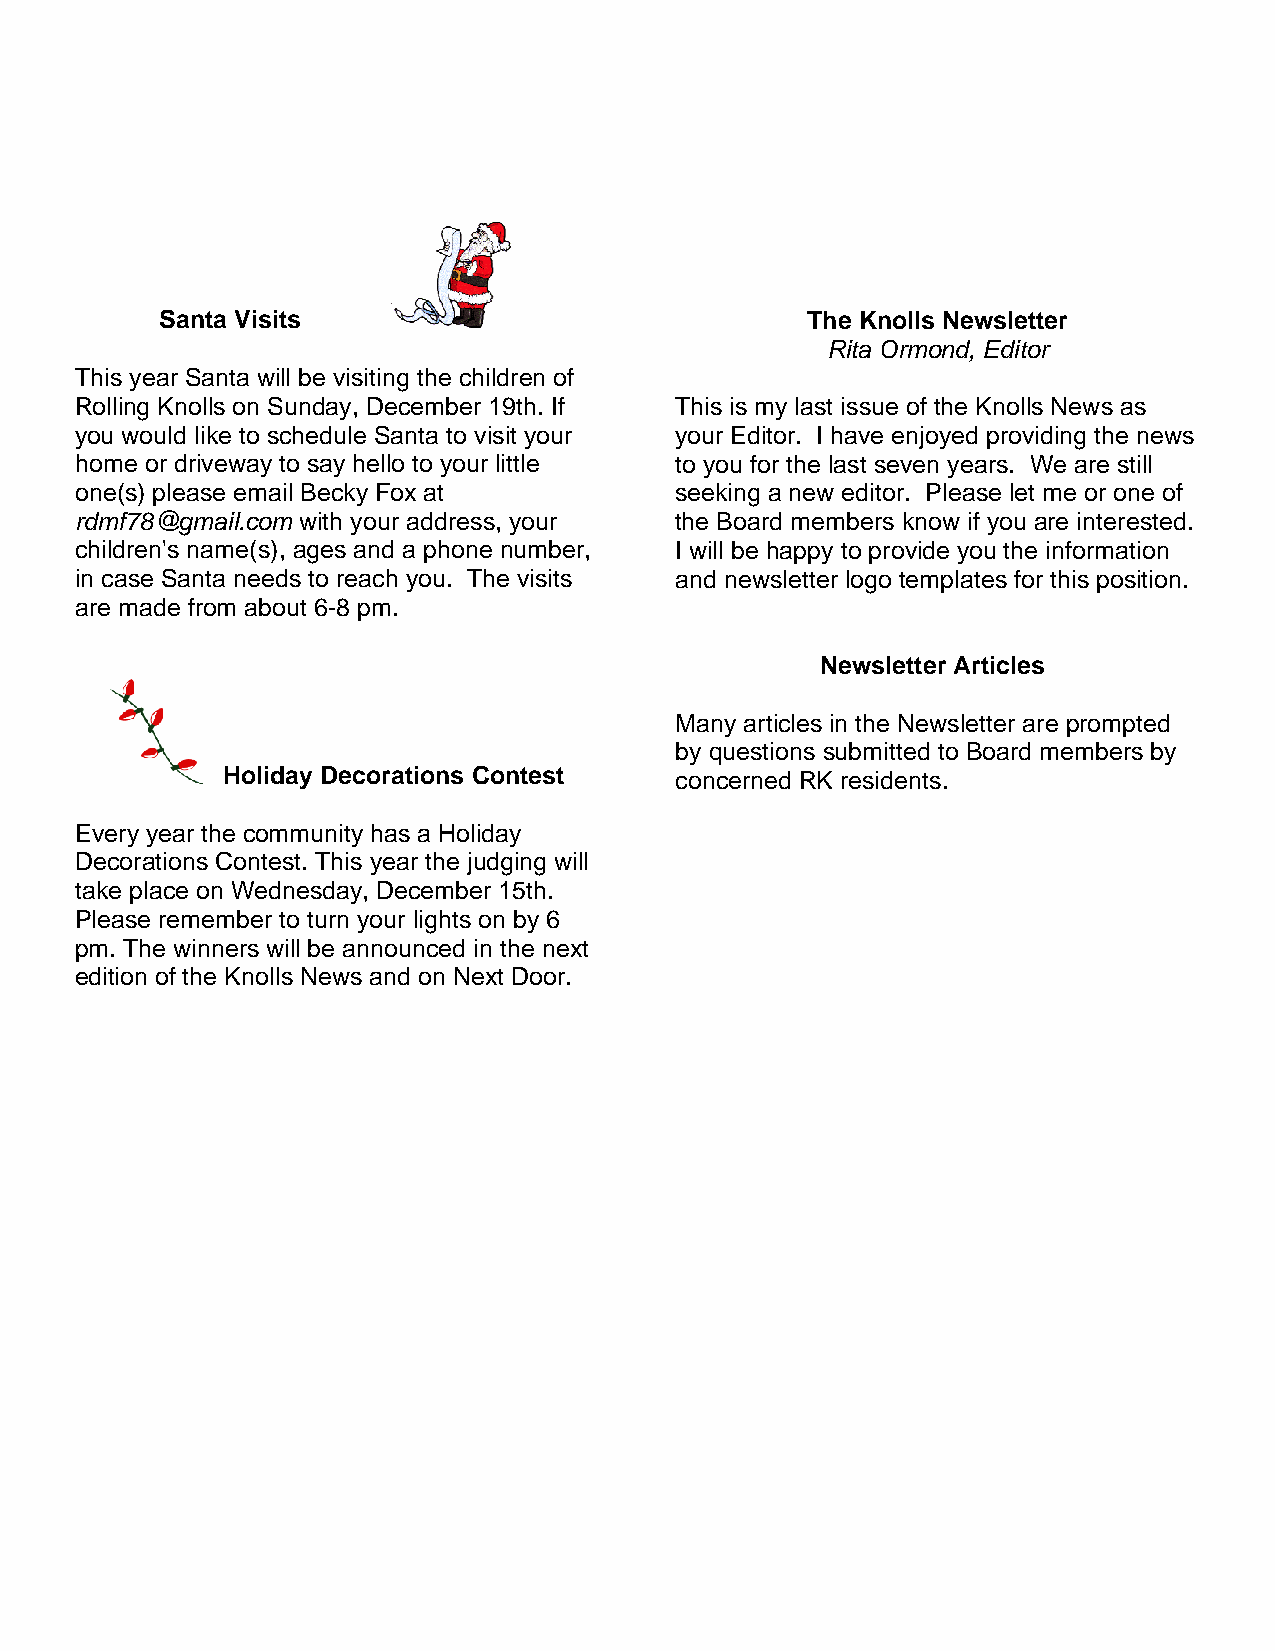
Santa Visits                              The Knolls Newsletter
 Rita Ormond, Editor
 This year Santa will be visiting the children of
 Rolling Knolls on Sunday, December 19th. If This is my last issue of the Knolls News as
 you would like to schedule Santa to visit your your Editor. I have enjoyed providing the news
 home or driveway to say hello to your little to you for the last seven years. We are still
 one(s) please email Becky Fox at        seeking a new editor. Please let me or one of
 rdmf78@gmail.com with your address, your the Board members know if you are interested.
 children's name(s), ages and a phone number, I will be happy to provide you the information
 in case Santa needs to reach you. The visits and newsletter logo templates for this position.
 are made from about 6-8 pm.
 Newsletter Articles
 Many articles in the Newsletter are prompted
 by questions submitted to Board members by
 Holiday Decorations Contest   concerned RK residents.
 Every year the community has a Holiday
 Decorations Contest. This year the judging will
 take place on Wednesday, December 15th.
 Please remember to turn your lights on by 6
 pm. The winners will be announced in the next
 edition of the Knolls News and on Next Door.